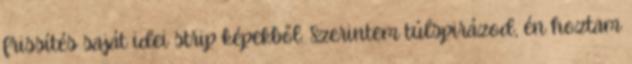
frissítés saját idei strip képekből: Szerintem túlspirázod, én hoztam